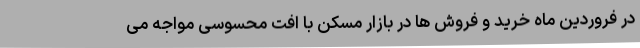
در فروردین ماه خرید و فروش ها در بازار مسکن با افت محسوسی مواجه می